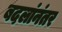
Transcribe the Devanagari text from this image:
बदलांनंतर